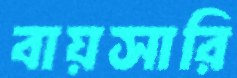
বায়সারি